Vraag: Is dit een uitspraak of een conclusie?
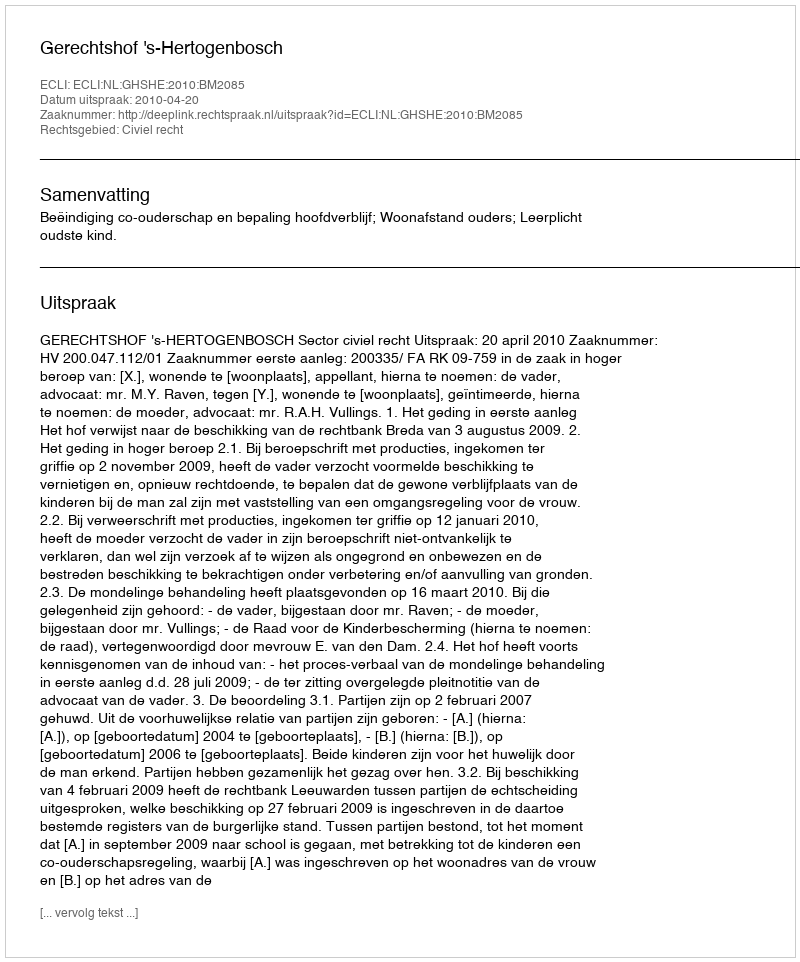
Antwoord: Uitspraak